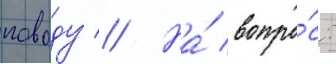
поводу // На́ вопро́с: